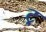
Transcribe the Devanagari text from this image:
ट्र्